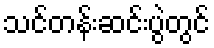
သင်တန်းဆင်းပွဲတွင်